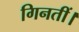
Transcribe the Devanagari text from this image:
गिनतीं।